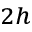
_ { 2 h }